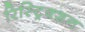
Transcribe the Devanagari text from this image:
रिस्ट्रिक्शन